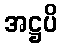
အဋ္ဌပိ